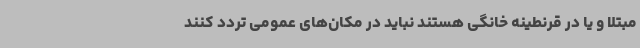
مبتلا و یا در قرنطینه خانگی هستند نباید در مکان‌های عمومی تردد کنند